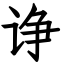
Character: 诤